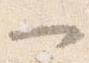
一